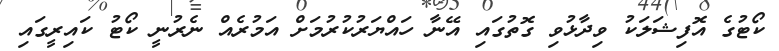
ކޯޓުގެ އޮފިޝަލަކު ވިދާޅުވި ގޮތުގައި އޭނާ ހައްޔަރުކުރުމަށް އަމުރެއް ނެރުނީ ކޯޓު ކައިރީގައި